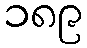
၁၈၉